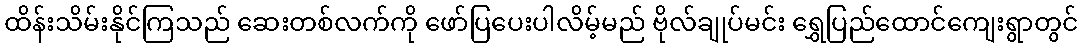
ထိန်းသိမ်းနိုင်ကြသည် ဆေးတစ်လက်ကို ဖော်ပြပေးပါလိမ့်မည် ဗိုလ်ချုပ်မင်း ရွှေပြည်ထောင်ကျေးရွာတွင်